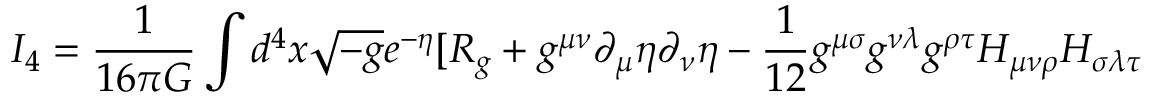
I _ { 4 } = \frac { 1 } { 1 6 \pi G } \int d ^ { 4 } x \sqrt { - g } e ^ { - \eta } [ R _ { g } + g ^ { \mu \nu } \partial _ { \mu } \eta \partial _ { \nu } \eta - \frac { 1 } { 1 2 } g ^ { \mu \sigma } g ^ { \nu \lambda } g ^ { \rho \tau } H _ { \mu \nu \rho } H _ { \sigma \lambda \tau }